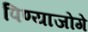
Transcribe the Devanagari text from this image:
पिण्याजोगे